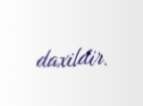
daxildir.